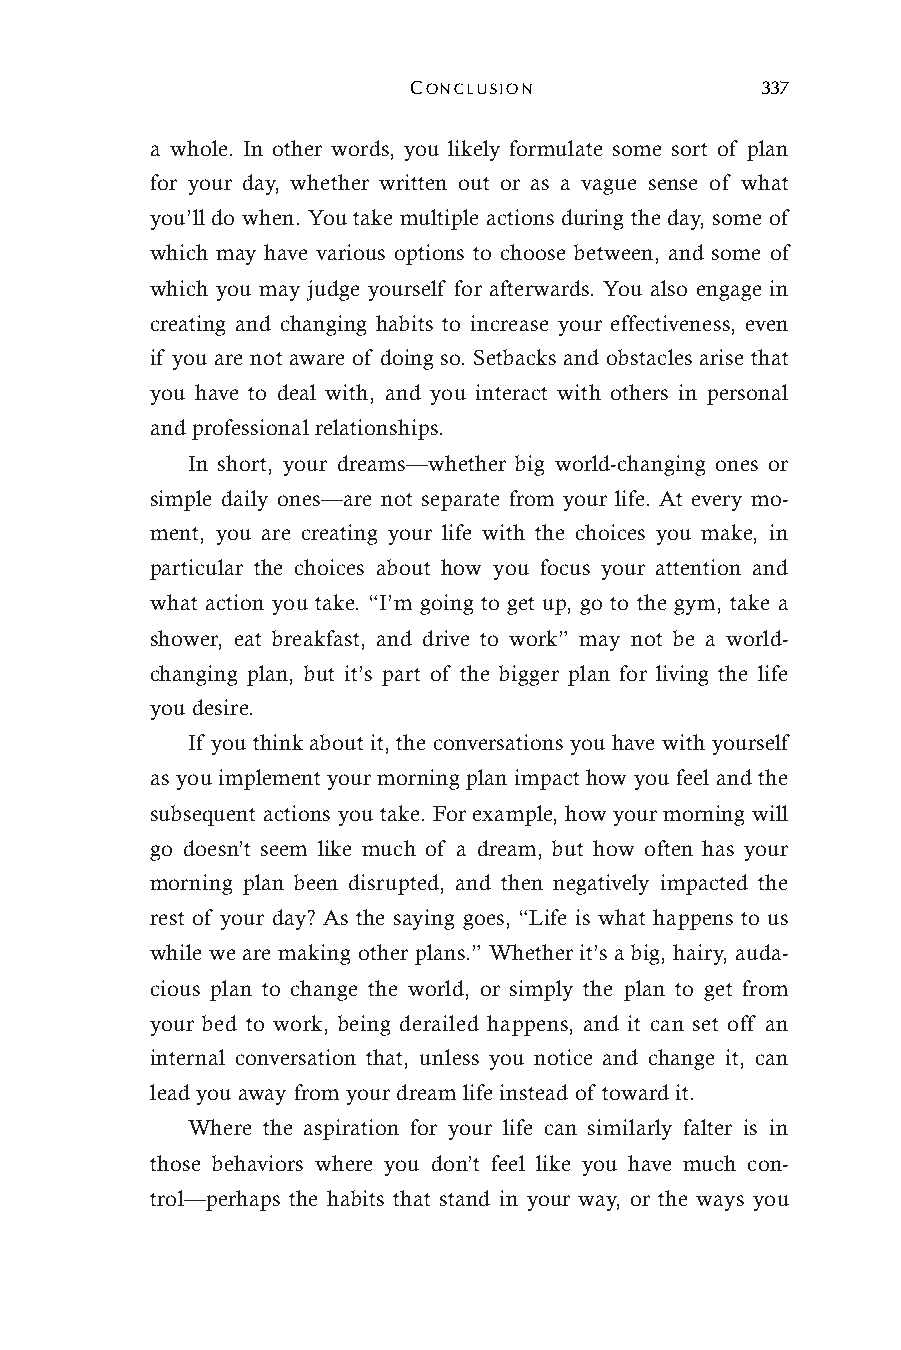
CONCLUSION             337
 a whole. In other words, you likely formulate some sort of plan
 for your day, whether written out or as a vague sense of what
 you’ll do when. You take multiple actions during the day, some of
 which may have various options to choose between, and some of
 which you may judge yourself for afterwards. You also engage in
 creating and changing habits to increase your effectiveness, even
 if you are not aware of doing so. Setbacks and obstacles arise that
 you have to deal with, and you interact with others in personal
 and professional relationships.
 In short, your dreams—whether big world-changing ones or
 simple daily ones—are not separate from your life. At every mo-
 ment, you are creating your life with the choices you make, in
 particular the choices about how you focus your attention and
 what action you take. “I’m going to get up, go to the gym, take a
 shower, eat breakfast, and drive to work” may not be a world-
 changing plan, but it’s part of the bigger plan for living the life
 you desire.
 If you think about it, the conversations you have with yourself
 as you implement your morning plan impact how you feel and the
 subsequent actions you take. For example, how your morning will
 go doesn’t seem like much of a dream, but how often has your
 morning plan been disrupted, and then negatively impacted the
 rest of your day? As the saying goes, “Life is what happens to us
 while we are making other plans.” Whether it’s a big, hairy, auda-
 cious plan to change the world, or simply the plan to get from
 your bed to work, being derailed happens, and it can set off an
 internal conversation that, unless you notice and change it, can
 lead you away from your dream life instead of toward it.
 Where the aspiration for your life can similarly falter is in
 those behaviors where you don’t feel like you have much con-
 trol—perhaps the habits that stand in your way, or the ways you